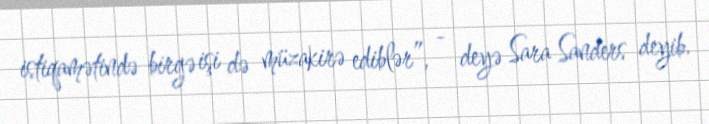
istiqamətində birgə işi də müzakirə ediblər”, - deyə Sara Sanders deyib.